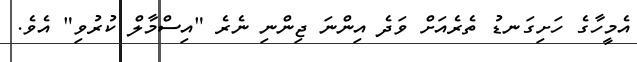
އެމީހާގެ ހަށިގަނޑު ތެރެއަށް ވަދެ އިންނަ ޖިންނި ނެރެ "އިސްމާލް ކުރުވި" އެވެ.